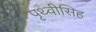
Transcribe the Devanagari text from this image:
पृथ्वीसिह